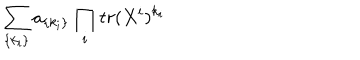
LaTeX: \sum _ { \{ k _ { i } \} } a _ { \{ k _ { i } \} } \prod _ { i } t r ( X ^ { i } ) ^ { k _ { i } }